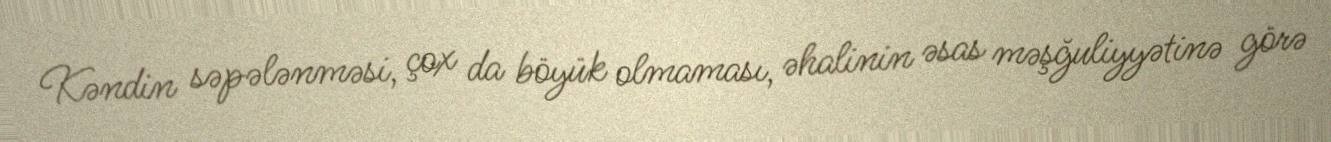
Kəndin səpələnməsi, çox da böyük olmaması, əhalinin əsas məşğuliyyətinə görə